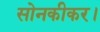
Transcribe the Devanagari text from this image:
सोनकीकर।